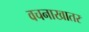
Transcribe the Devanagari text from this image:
वचनाखातर